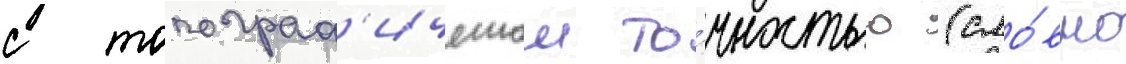
с топограф'ическои то́чностью (сло́вно